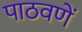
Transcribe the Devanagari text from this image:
पाठवणें